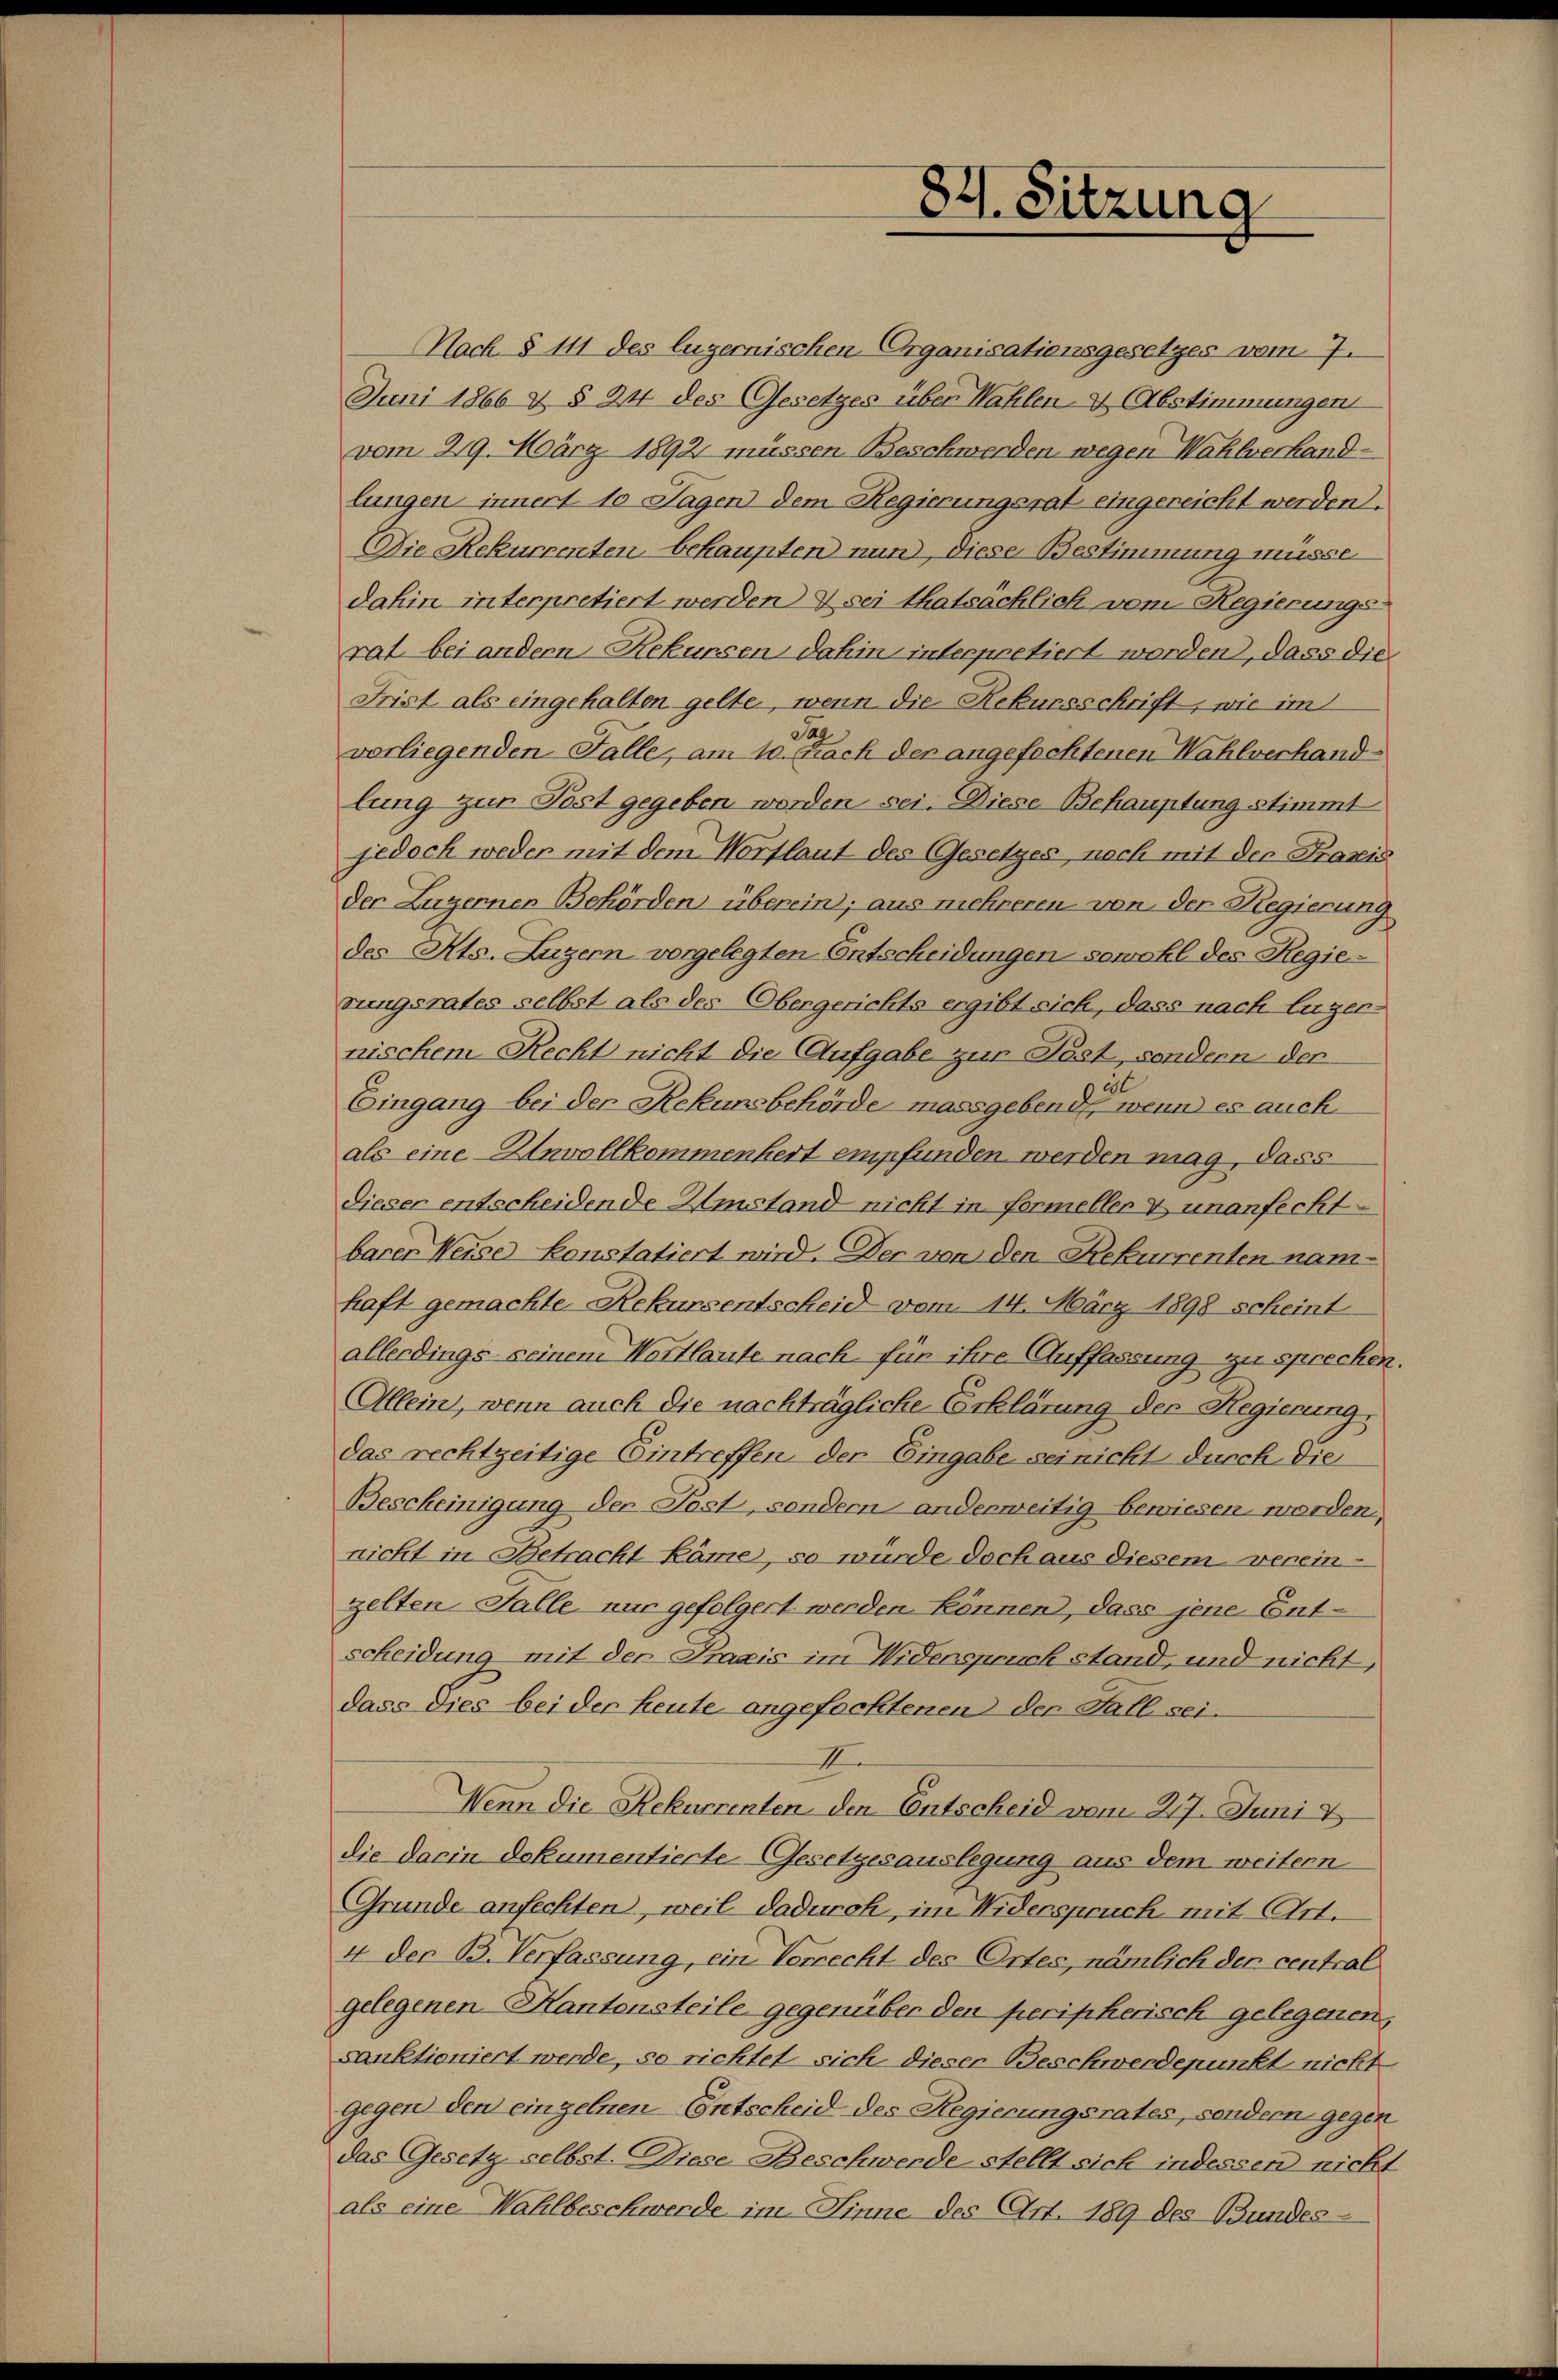
84. Sitzung

Nach § 111 des luzernischen Organisationsgesetzes vom 7.
Juni 1866 & § 24 des Gesetzes über Wahlen & Abstimmungen
vom 29. März 1892 müssen Beschwerden wegen Wahlverhandlungen innert 10 Tagen dem Regierungsrat eingereicht werden.
Die Rekurrenten behaupten nun, diese Bestimmung müsse
dahin interpretiert werden & sei thatsächlich vom Regierungs-
rat bei andern Rekursen dahin interpretiert worden, dass die
Frist als eingehalten gelte, wenn die Rekursschrift, wie im
al
vorliegenden Falle, am 10. (nach der angefochtenen Wahlverhandlung zur Post gegeben worden sei. Diese Behauptung stimmt
jedoch weder mit dem Wortlaut des Gesetzes, nach mit der Praxis
der Luzernen Behörden überein; aus mehreren von der Regierung
des Kts. Luzern vorgelegten Entscheidungen sowohl des Regierungsrates selbst als des Obergerichts ergibt sich, dass nach Luzer-
nischem Recht nicht die Aufgabe zur Post, sondern der
et
Eingang bei der Rekursbehörde massgebend, wenn es auch
als eine Unvollkommenkert empfunden werden mag, dass
dieser entscheidende Umstand nicht in formeller & unanfechtbarer Weise konstatiert wird. Der von den Rekurrenten namhaft gemachte Rekursentscheid vom 14. März 1898 scheint
allerdings seinem Wortlaute nach für ihre Auffassung zu sprechen.
Allein, wenn auch die nachträgliche Erklärung der Regierung
das rechtzeitige Eintreffen der Eingabe sei nicht durch die
Bescheinigung der Post, sondern anderweitig bewiesen worden,
nicht in Betracht käme, so würde doch aus diesem verein-
zelten Falle nur gefolgert werden können, dass jene Ent-
scheidung mit der Praxis im Widerspruch stand, und nicht,
dass dies bei der heute angefochtenen der Fall sei¬
II
Wenn die Rekurrenten den Entscheid vom 217. Juni 1
die darin dokumentierte Gesetzesauslegung aus dem weitern
Grunde anfechten, weil dadurch, im Widerspruch mit Art.
4 der B. Verfassung, ein Verrecht des Ortes, nämlich der central
gelegenen Kantonsteile gegenüber den peripherisch gelegenen,
sanktioniert werde, so richtet sich dieser Beschwerdepunkt nicht
gegen den einzelnen Entscheid des Regierungsrates, sondern gegen
das Gesetz selbst. Diese Beschwerde stellt sich indessen nicht
als eine Wahlbeschwerde im Sinne des Art. 189 des Bundes-